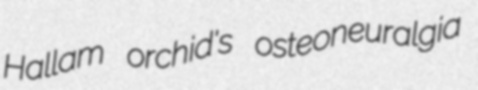
Hallam orchid's osteoneuralgia